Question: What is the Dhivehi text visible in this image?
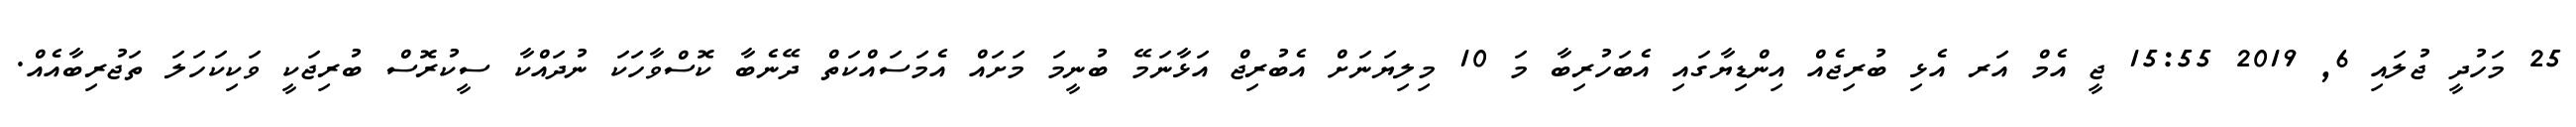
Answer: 25 މަހުދީ ޖުލައި 6, 2019 15:55 ޖީ އެމް އަރ އެޅި ބުރިޖެއް އިންޑިޔާގައި އެބަހުރިބާ މަ 10 މިލިޔަނަށް އެބުރިޖް އަޅާނަމޭ ބުނީމަ މަށައް އެމަސައްކަތް ދޭނެބާ ކޮސްވާހަކަ ނުދައްކާ ސީކުރޮސް ބުރިޖަކީ ވަކިކަހަލަ ތަޖުރިބާއެއް.